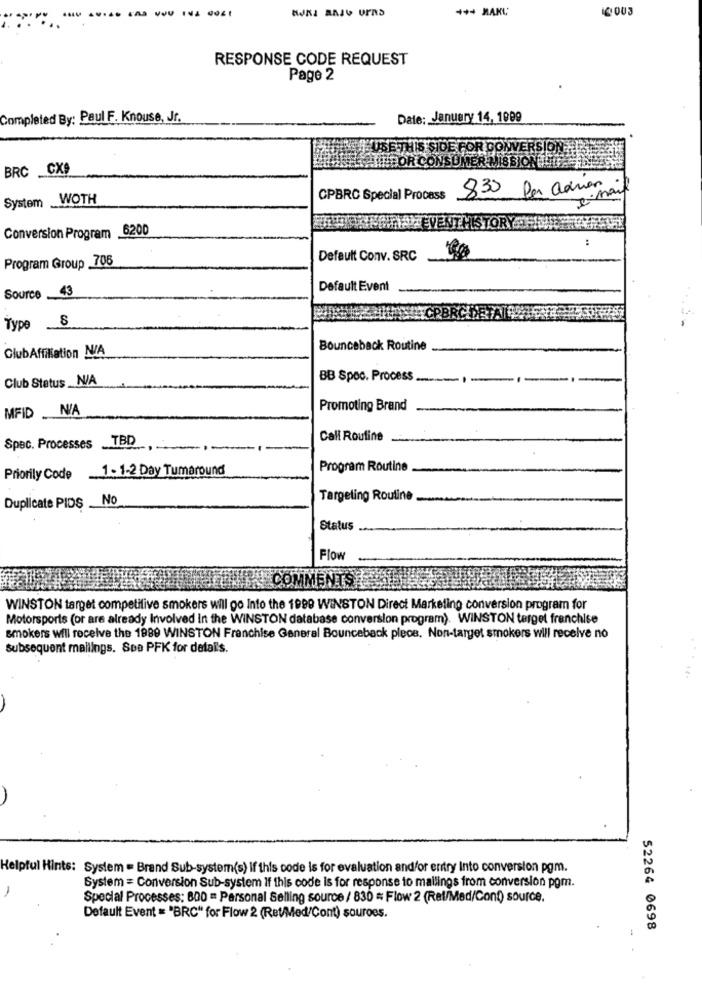
RESPONSE CODE REQUEST
Page 2
Completed By: Paul F. Knouse, Jr.
Date: January 14, 1999
USE
THIS SIDE FOR COM
ERSION
BRC CXS
Per adrien
System WOTH
CPBRC Special Process
830
EVEN
Conversion Program 6200
Program Group 706
Default Conv. SRC
Source . 43
Default Event
Type_
Bounceback Routine
ClubAffiliation N/A
Club Status _N/A
BB Spoc. Process
-1
MFID N/A
Promoting Brand
TBD
Call Routine
Spec. Processes
1 - 1-2 Day Tumaround
Program Routine
Priorily Code
Duplicate PIDS . No
Targeting Routine
Status ...
Flow
CO
WINSTON target competitive smokers will go Into the 1990 WINSTON Direct Marketing conversion program for
Motorsports (or are already Involved In the WINSTON database conversion program). WINSTON terget franchise
smokers will receive the 1989 WINSTON Franchise General Bounceback plece. Non-target smokers will receive no
Subsequent mailings. See PFK for detai's.
Ints: System = Brand Sub-system(s) if this code is for evaluation andfor entry Into conversion pgm.
System = Conversion Sub-system If this code is for response to mailings from conversion pom.
Special Processes: 800 = Personal Selling source / 830 * Flow 2 (Ret/Med/Cont) source.
Default Event = "BRC" for Flow 2 (Ret/Med/Cont) souroes.
52264 0698